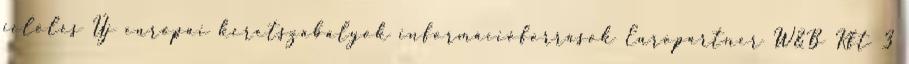
jelölés Új európai keretszabályok információforrások Europartner W&B Kft 3